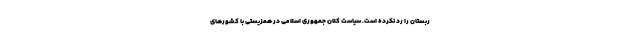
ربستان را رد نکرده است. سیاست کلان جمهوری اسلامی در همزیستی با کشورهای